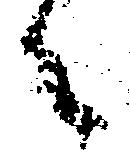
々